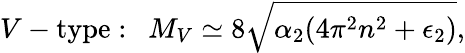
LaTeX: V-\mathrm{type}:\ \ M_{V}\simeq 8\sqrt{\alpha_{2}(4\pi^{2}n^{2}+\epsilon_{2})},